Indian journal of veterinary science and animal husbandry - Volume 8,
Year: 1938
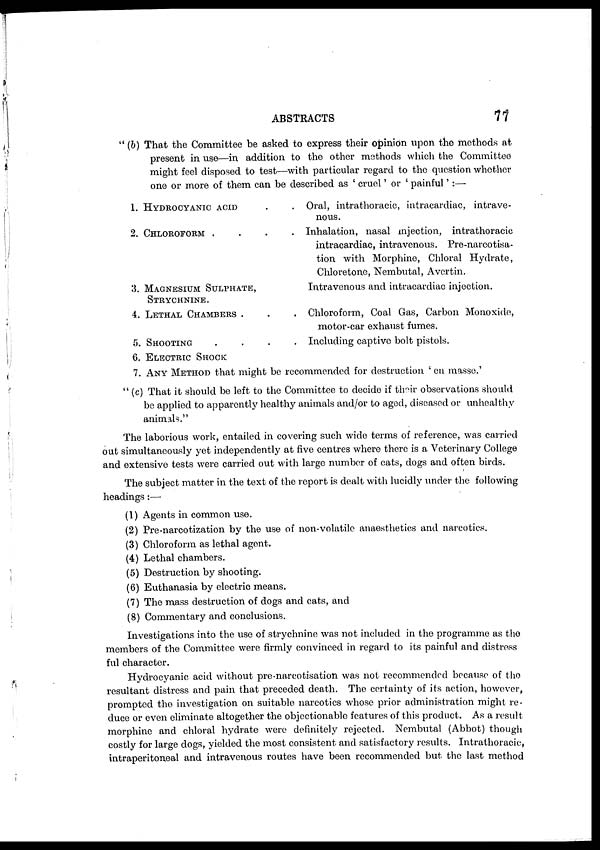
ABSTRACTS
77
" (b) That the Committee be asked to express their opinion upon the methods at
present in use—in addition to the other methods which the Committee
might feel disposed to test—with particular regard to the question whether
one or more of them can be described as ' cruel ' or ' painful ':—
1.
2.
3.
4.
5.
6.
7.
HYDROCYANIC ACID . .
CHLOROFORM . . . .
MAGNESIUM SULPHATE,
STRYCHNINE.
LETHAL CHAMBERS . . .
SHOOTING . . . .
Oral, intrathoracic, intracardiac, intrave-
nous.
Inhalation, nasal injection, intrathoracic
intracardiac, intravenous. Pre-narcotisa-
tion with Morphine, Chloral Hydrate,
Chloretone, Nembutal, Avertin.
Intravenous and intracardiac injection.
Chloroform, Coal Gas, Carbon Monoxide,
motor-car exhaust fumes.
Including captive bolt pistols.
ELECTRIC SHOCK
ANY METHOD that might be recommended for destruction ' en masse.'
" (c) That it should be left to the Committee to decide if their observations should
be applied to apparently healthy animals and/or to aged, diseased or unhealthy
animals."
The laborious work, entailed in covering such wide terms of reference, was carried
out simultaneously yet independently at five centres where there is a Veterinary College
and extensive tests were carried out with large number of cats, dogs and often birds.
The subject matter in the text of the report is dealt with lucidly under the following
headings :—
(1) Agents in common use.
(2) Pre-narcotization by the use of non-volatile anaesthetics and narcotics.
(3) Chloroform as lethal agent.
(4) Lethal chambers.
(5) Destruction by shooting.
(6) Euthanasia by electric means.
(7) The mass destruction of dogs and cats, and
(8) Commentary and conclusions.
Investigations into the use of strychnine was not included in the programme as the
members of the Committee were firmly convinced in regard to its painful and distress
ful character.
Hydrocyanic acid without pre-narcotisation was not recommended because of the
resultant distress and pain that preceded death. The certainty of its action, however,
prompted the investigation on suitable narcotics whose prior administration might re-
duce or even eliminate altogether the objectionable features of this product. As a result
morphine and chloral hydrate were definitely rejected. Nembutal (Abbot) though
costly for large dogs, yielded the most consistent and satisfactory results. Intrathoracic,
intraperitoneal and intravenous routes have been recommended but the last method